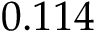
0 . 1 1 4